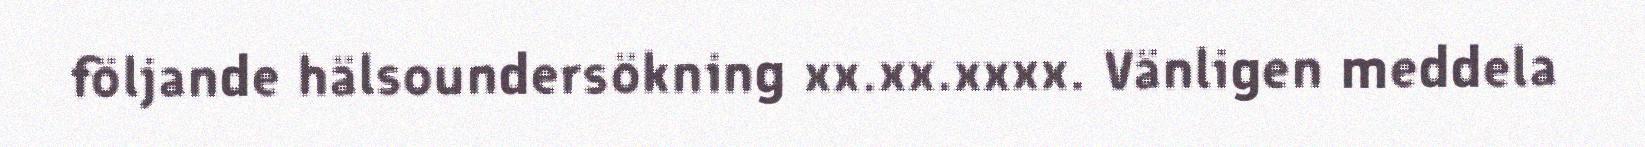
följande hälsoundersökning xx.xx.xxxx. Vänligen meddela